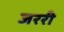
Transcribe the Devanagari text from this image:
जररी